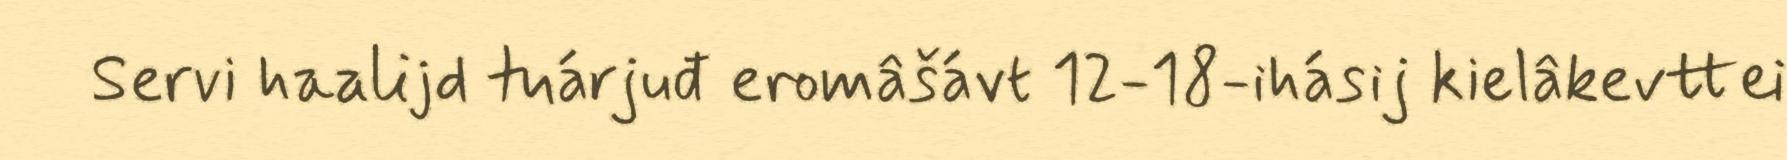
Servi haalijd tuárjuđ eromâšávt 12-18-ihásij kielâkevttei